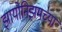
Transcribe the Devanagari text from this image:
झायोनिझमच्या